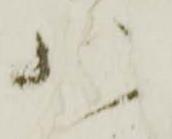
八